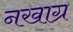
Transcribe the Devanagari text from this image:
नखाग्र